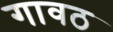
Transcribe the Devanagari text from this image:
गावठ